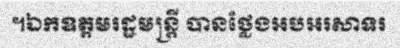
។ឯកឧត្តមរដ្ឋមន្ត្រី បានថ្លែងអបអរសាទរ